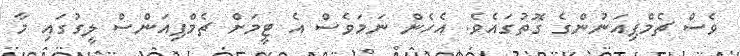
ވެސް ޗެމްޕިއަނުންގެ ގޮތުގައެވެ. އެހެން ނަމަވެސް އެ ޓީމަށް ޗެމްޕިއަންސް ލީގުގައި މާ